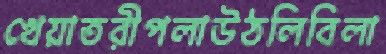
খেয়াতরীপলাউঠলিবিলা